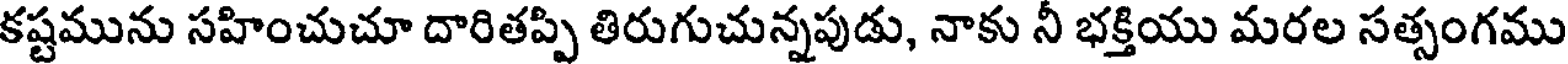
కష్టమును సహించుచూ దారితప్పి తిరుగుచున్నపుడు, నాకు నీ భక్తియు మరల సత్సంగము